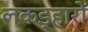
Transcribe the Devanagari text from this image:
लकड़्हारों